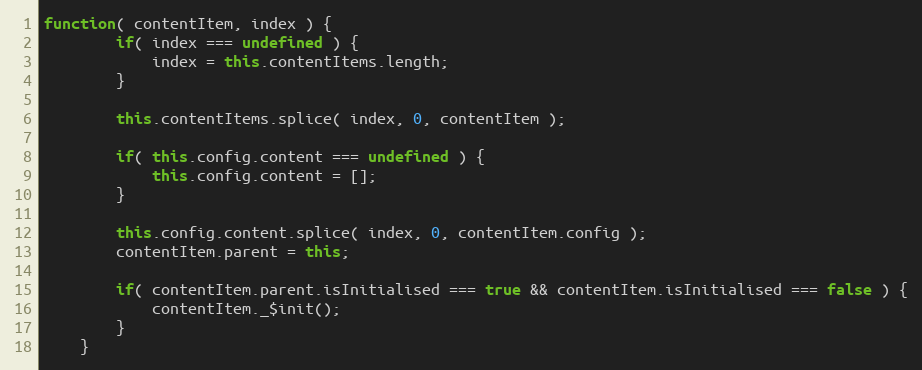
Language: JavaScript
function( contentItem, index ) {
		if( index === undefined ) {
			index = this.contentItems.length;
		}

		this.contentItems.splice( index, 0, contentItem );

		if( this.config.content === undefined ) {
			this.config.content = [];
		}

		this.config.content.splice( index, 0, contentItem.config );
		contentItem.parent = this;

		if( contentItem.parent.isInitialised === true && contentItem.isInitialised === false ) {
			contentItem._$init();
		}
	}